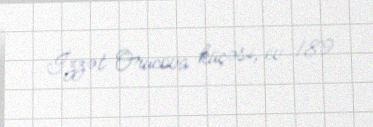
İzzət Orucova küçəsi, ev 189